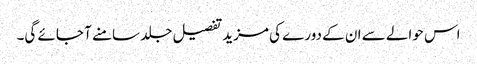
اس حوالے سے ان کے دورے کی مزید تفصیل جلد سامنے آ جائے گی۔